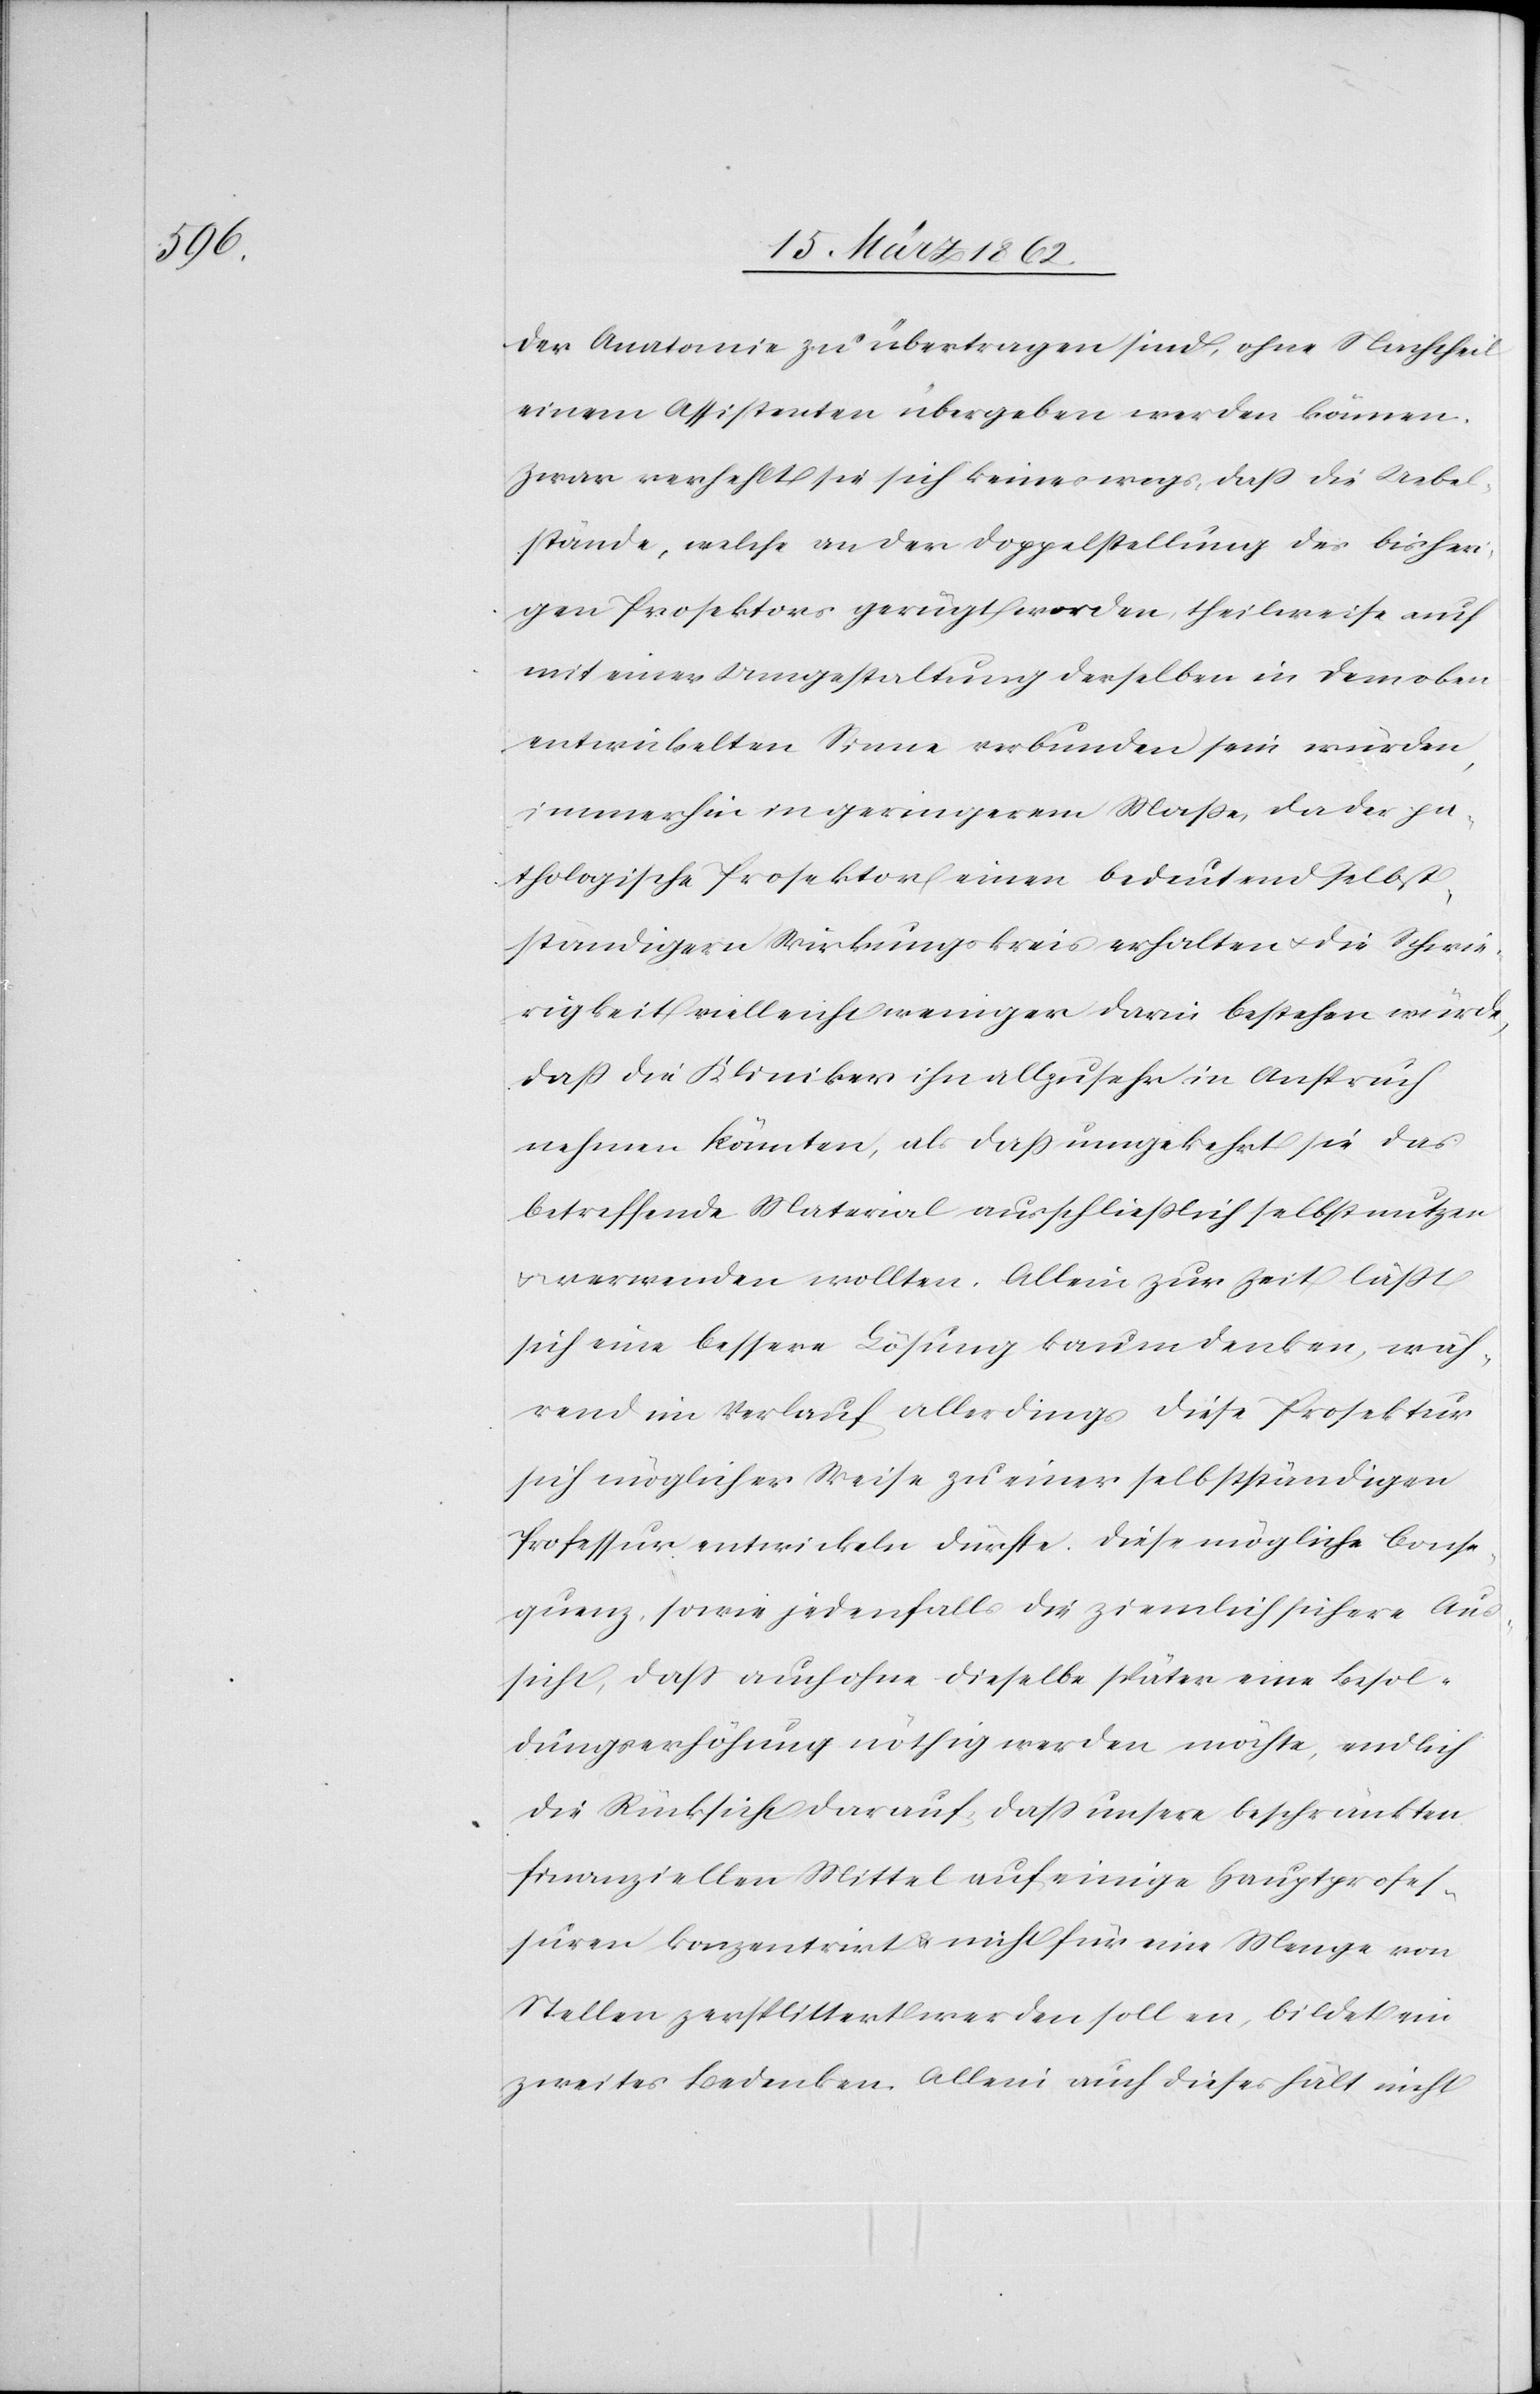
der Anatomie zu übertragen sind, ohne Nachtheil
einem Assistenten übergeben werden können.
Zwar verhehlt sie sich keineswegs, daß die Uebel¬
stände, welche an der Doppelstellung des bisheri¬
gen Prosektors gerügt worden, theilweise auch
mit einer Umgestaltung derselben in dem oben
entwickelten Sinne verbunden sein würden,
immerhin in geringerem Maße, da der pa¬
thologische Prosektor einen bedeutend selbst¬
ständigern Wirkungskreis erhalten u. die Schwie¬
rigkeit vielleicht weniger darin bestehen würde,
daß die Kliniker ihn allzusehr in Anspruch
nehmen könnten, als daß umgekehrt sie das
betreffende Material ausschließlich selbst nutzen
u. verwenden wollten. Allein zur Zeit läßt
sich eine bessere Lösung kaum denken, wäh¬
rend im Verlauf allerdings diese Prosektur
sich möglicher Weise zu einer selbstständigen
Professur entwickeln dürfte. Diese mögliche Conse¬
quenz, sowie jedenfalls die ziemlich sichere Aus¬
sicht, daß auch ohne dieselbe später eine Besol¬
dungserhöhung nöthig werden möchte, endlich
die Rücksicht darauf, daß unsere beschränkten
finanziellen Mittel auf einige Hauptprofes¬
suren konzentrirt u. nicht für eine Menge von
Stellen zersplittert werden sollen, bildet ein
zweites Bedenken. Allein auch dieses hält nicht